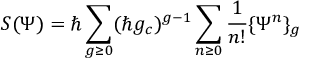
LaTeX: S ( \Psi ) = \hbar \sum _ { g \geq 0 } ( \hbar g _ { c } ) ^ { g - 1 } \sum _ { n \geq 0 } { \frac { 1 } { n ! } } \{ \Psi ^ { n } \} _ { g }